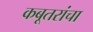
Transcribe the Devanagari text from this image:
कबूतरांचा